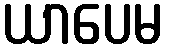
ယာပေမ